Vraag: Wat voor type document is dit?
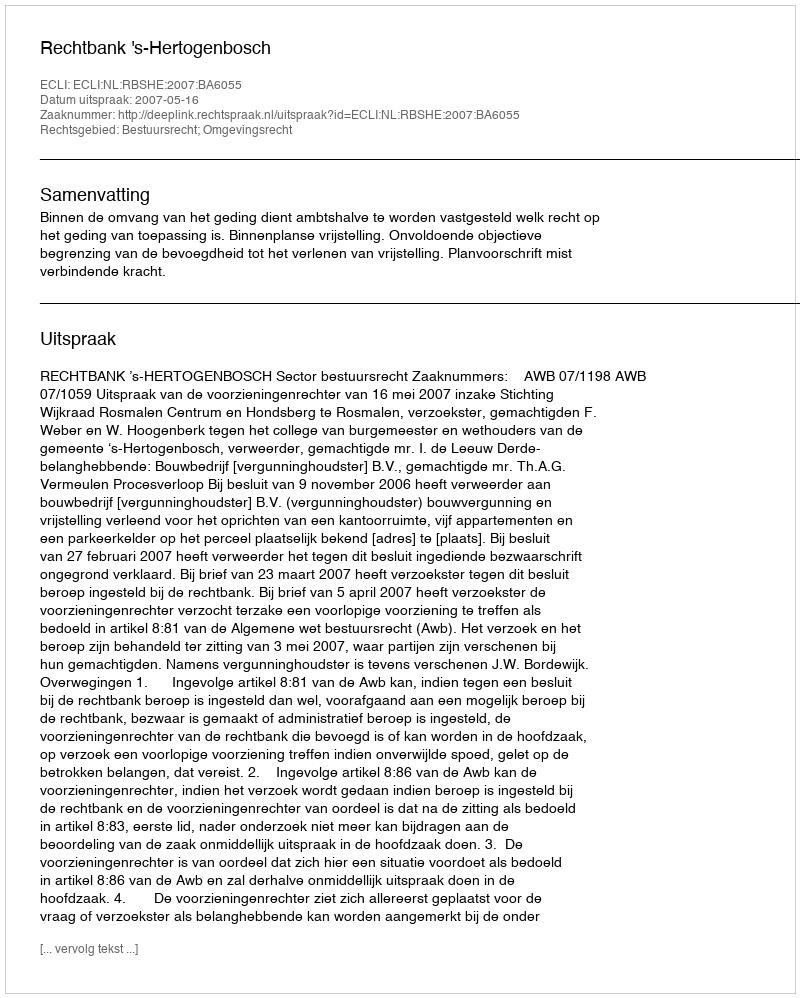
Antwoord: Uitspraak